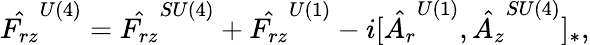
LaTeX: \hat{F_{rz}}^{U(4)}=\hat{F_{rz}}^{SU(4)}+\hat{F_{rz}}^{U(1)}-i[\hat{A_{r}}^{U(1)},\hat{A_{z}}^{SU(4)}]_{*},